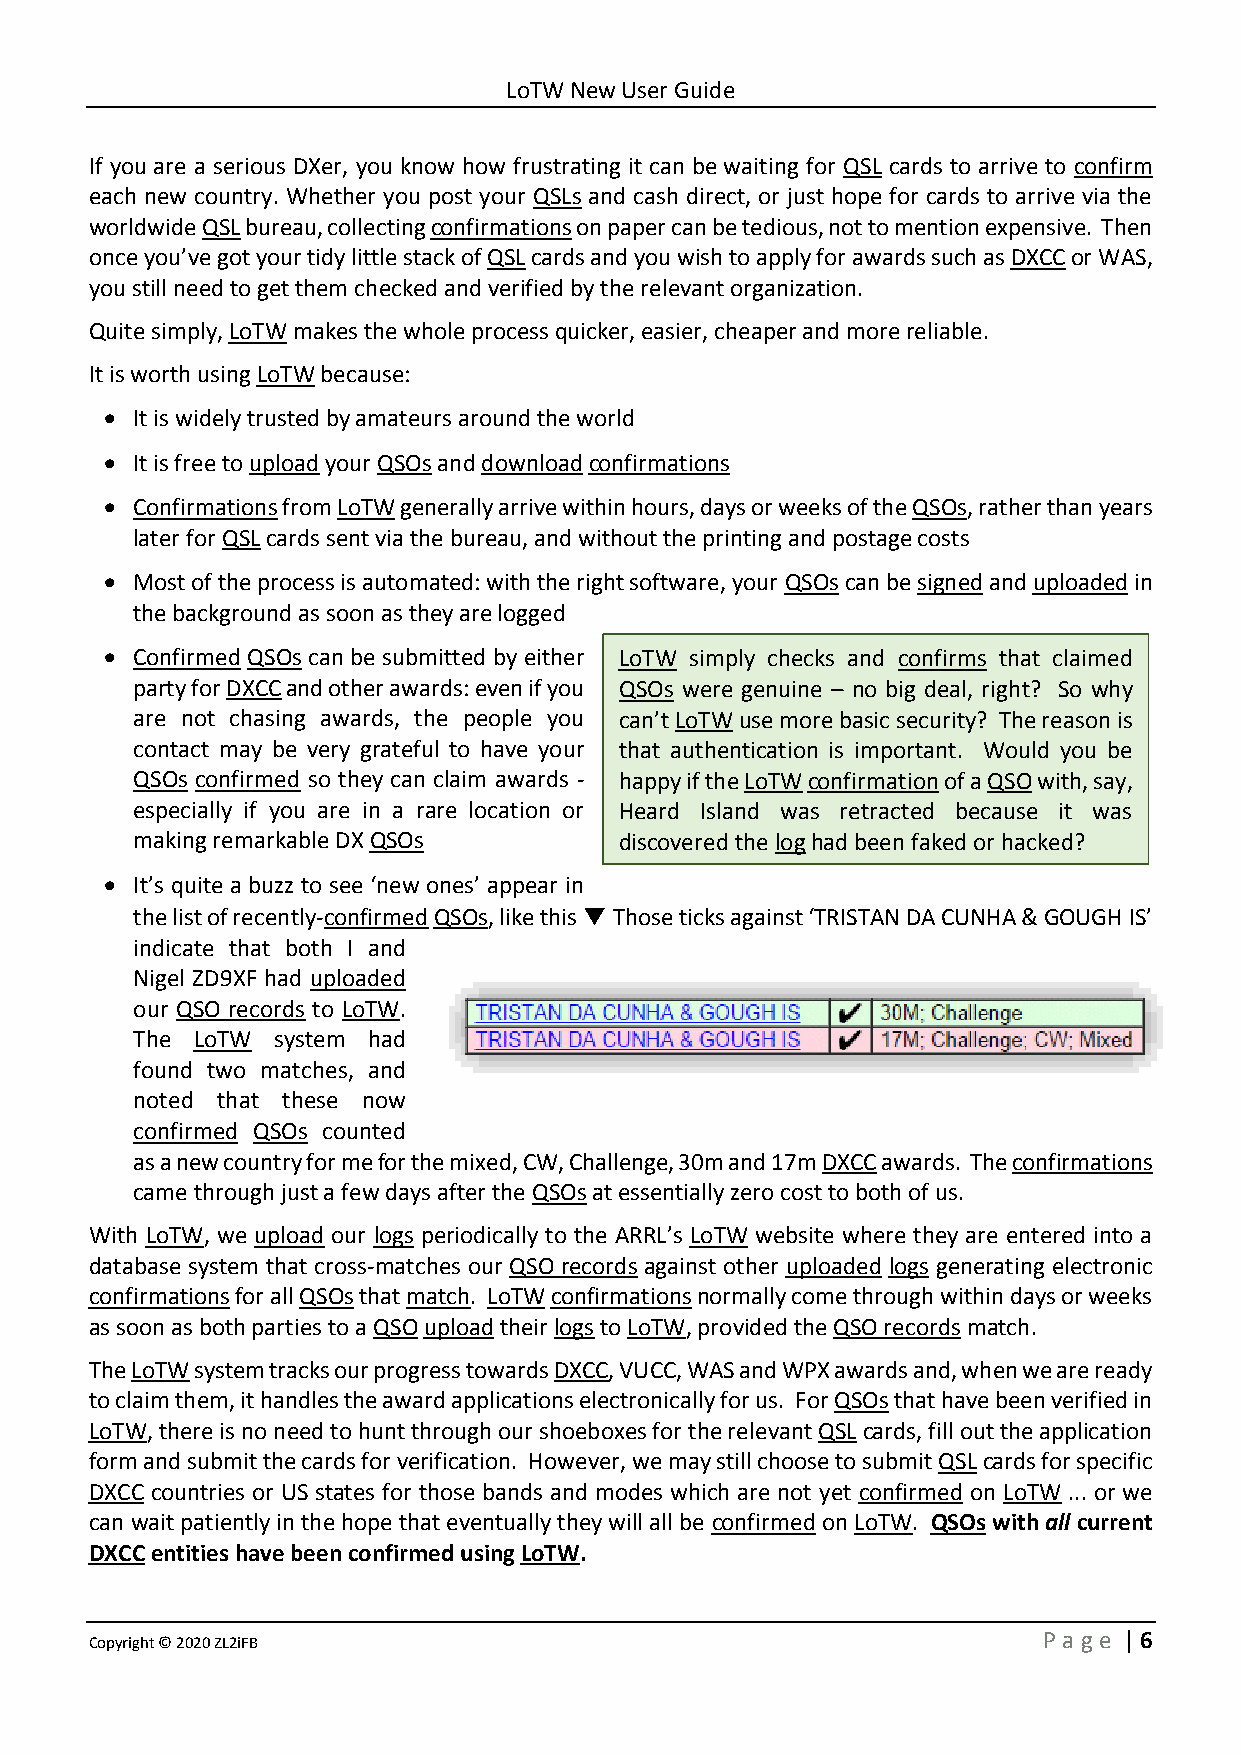
LoTW New User Guide
 If you are a serious DXer, you know how frustrating it can be waiting for QSL cards to arrive to confirm
 each new country. Whether you post your QSLs and cash direct, or just hope for cards to arrive via the
 worldwide QSL bureau, collecting confirmations on paper can be tedious, not to mention expensive. Then
 once you’ve got your tidy little stack of QSL cards and you wish to apply for awards such as DXCC or WAS,
 you still need to get them checked and verified by the relevant organization.
 Quite simply, LoTW makes the whole process quicker, easier, cheaper and more reliable.
 It is worth using LoTW because:
 • It is widely trusted by amateurs around the world
 • It is free to upload your QSOs and download confirmations
 • Confirmations from LoTW generally arrive within hours, days or weeks of the QSOs, rather than years
 later for QSL cards sent via the bureau, and without the printing and postage costs
 • Most of the process is automated: with the right software, your QSOs can be signed and uploaded in
 the background as soon as they are logged
 • Confirmed QSOs can be submitted by either LoTW simply checks and confirms that claimed
 party for DXCC and other awards: even if you QSOs were genuine – no big deal, right? So why
 are not chasing awards, the people you can’t LoTW use more basic security? The reason is
 contact may be very grateful to have your that authentication is important. Would you be
 QSOs confirmed so they can claim awards - happy if the LoTW confirmation of a QSO with, say,
 especially if you are in a rare location or Heard Island was retracted because it was
 making remarkable DX QSOs       discovered the log had been faked or hacked?
 • It’s quite a buzz to see ‘new ones’ appear in
 the list of recently-confirmed QSOs, like this ▼ Those ticks against ‘TRISTAN DA CUNHA & GOUGH IS’
 indicate that both I and
 Nigel ZD9XF had uploaded
 our QSO records to LoTW.
 The LoTW system had
 found two matches, and
 noted that these now
 confirmed QSOs counted
 as a new country for me for the mixed, CW, Challenge, 30m and 17m DXCC awards. The confirmations
 came through just a few days after the QSOs at essentially zero cost to both of us.
 With LoTW, we upload our logs periodically to the ARRL’s LoTW website where they are entered into a
 database system that cross-matches our QSO records against other uploaded logs generating electronic
 confirmations for all QSOs that match. LoTW confirmations normally come through within days or weeks
 as soon as both parties to a QSO upload their logs to LoTW, provided the QSO records match.
 The LoTW system tracks our progress towards DXCC, VUCC, WAS and WPX awards and, when we are ready
 to claim them, it handles the award applications electronically for us. For QSOs that have been verified in
 LoTW, there is no need to hunt through our shoeboxes for the relevant QSL cards, fill out the application
 form and submit the cards for verification. However, we may still choose to submit QSL cards for specific
 DXCC countries or US states for those bands and modes which are not yet confirmed on LoTW ... or we
 can wait patiently in the hope that eventually they will all be confirmed on LoTW. QSOs with all current
 DXCC entities have been confirmed using LoTW.
 Copyright © 2020 ZL2iFB                                        P age | 6